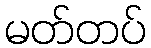
မတ်တပ်